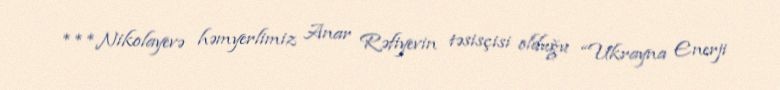
***Nikolayevə həmyerlimiz Anar Rəfiyevin təsisçisi olduğu “Ukrayna Enerji